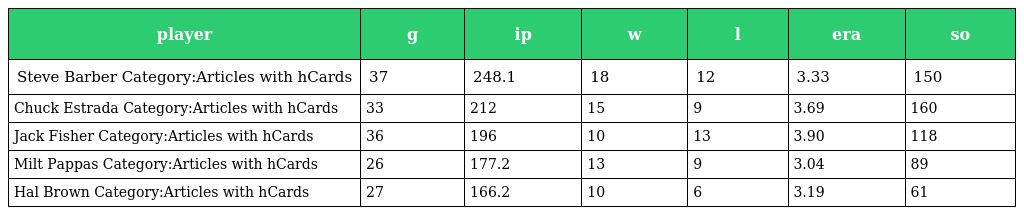
| player | g | ip | w | l | era | so |
 | --- | --- | --- | --- | --- | --- | --- |
 | Steve Barber Category:Articles with hCards | 37 | 248.1 | 18 | 12 | 3.33 | 150 |
 | Chuck Estrada Category:Articles with hCards | 33 | 212 | 15 | 9 | 3.69 | 160 |
 | Jack Fisher Category:Articles with hCards | 36 | 196 | 10 | 13 | 3.90 | 118 |
 | Milt Pappas Category:Articles with hCards | 26 | 177.2 | 13 | 9 | 3.04 | 89 |
 | Hal Brown Category:Articles with hCards | 27 | 166.2 | 10 | 6 | 3.19 | 61 |